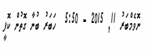
ނޮވެމްބަރު 11